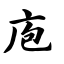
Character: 庖